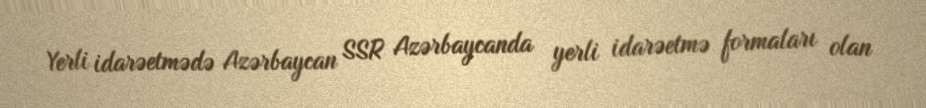
Yerli idarəetmədə Azərbaycan SSR Azərbaycanda yerli idarəetmə formaları olan